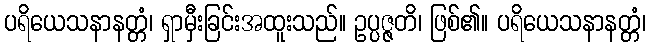
ပရိယေသနာနတ္တံ၊ ရှာမှီးခြင်းအထူးသည်။ ဥပ္ပဇ္ဇတိ၊ ဖြစ်၏။ ပရိယေသနာနတ္တံ၊